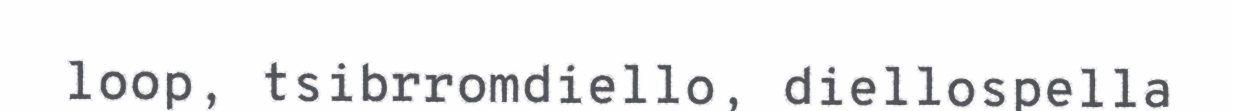
loop, tsibrromdiello, diellospella